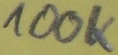
Text: 100K